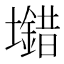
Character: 𡓠